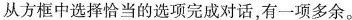
从方框中选择恰当的选项完成对话,有一项多余。